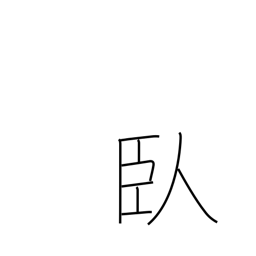
Meaning: lie prostrate